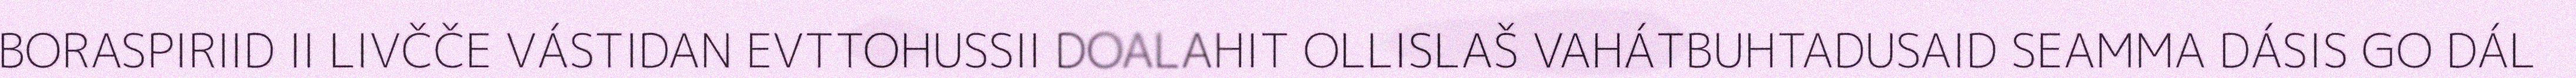
BORASPIRIID II LIVČČE VÁSTIDAN EVTTOHUSSII DOALAHIT OLLISLAŠ VAHÁTBUHTADUSAID SEAMMA DÁSIS GO DÁL